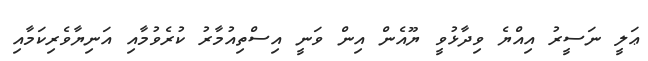
ޢަލީ ނަސީރު އިއްޔެ ވިދާޅުވީ ޔޫއެން އިން ވަނީ އިސްތިއުމާރު ކުރެވުމާއި އަނިޔާވެރިކަމާއި